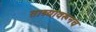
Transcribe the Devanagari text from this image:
ताब्यावरूनच